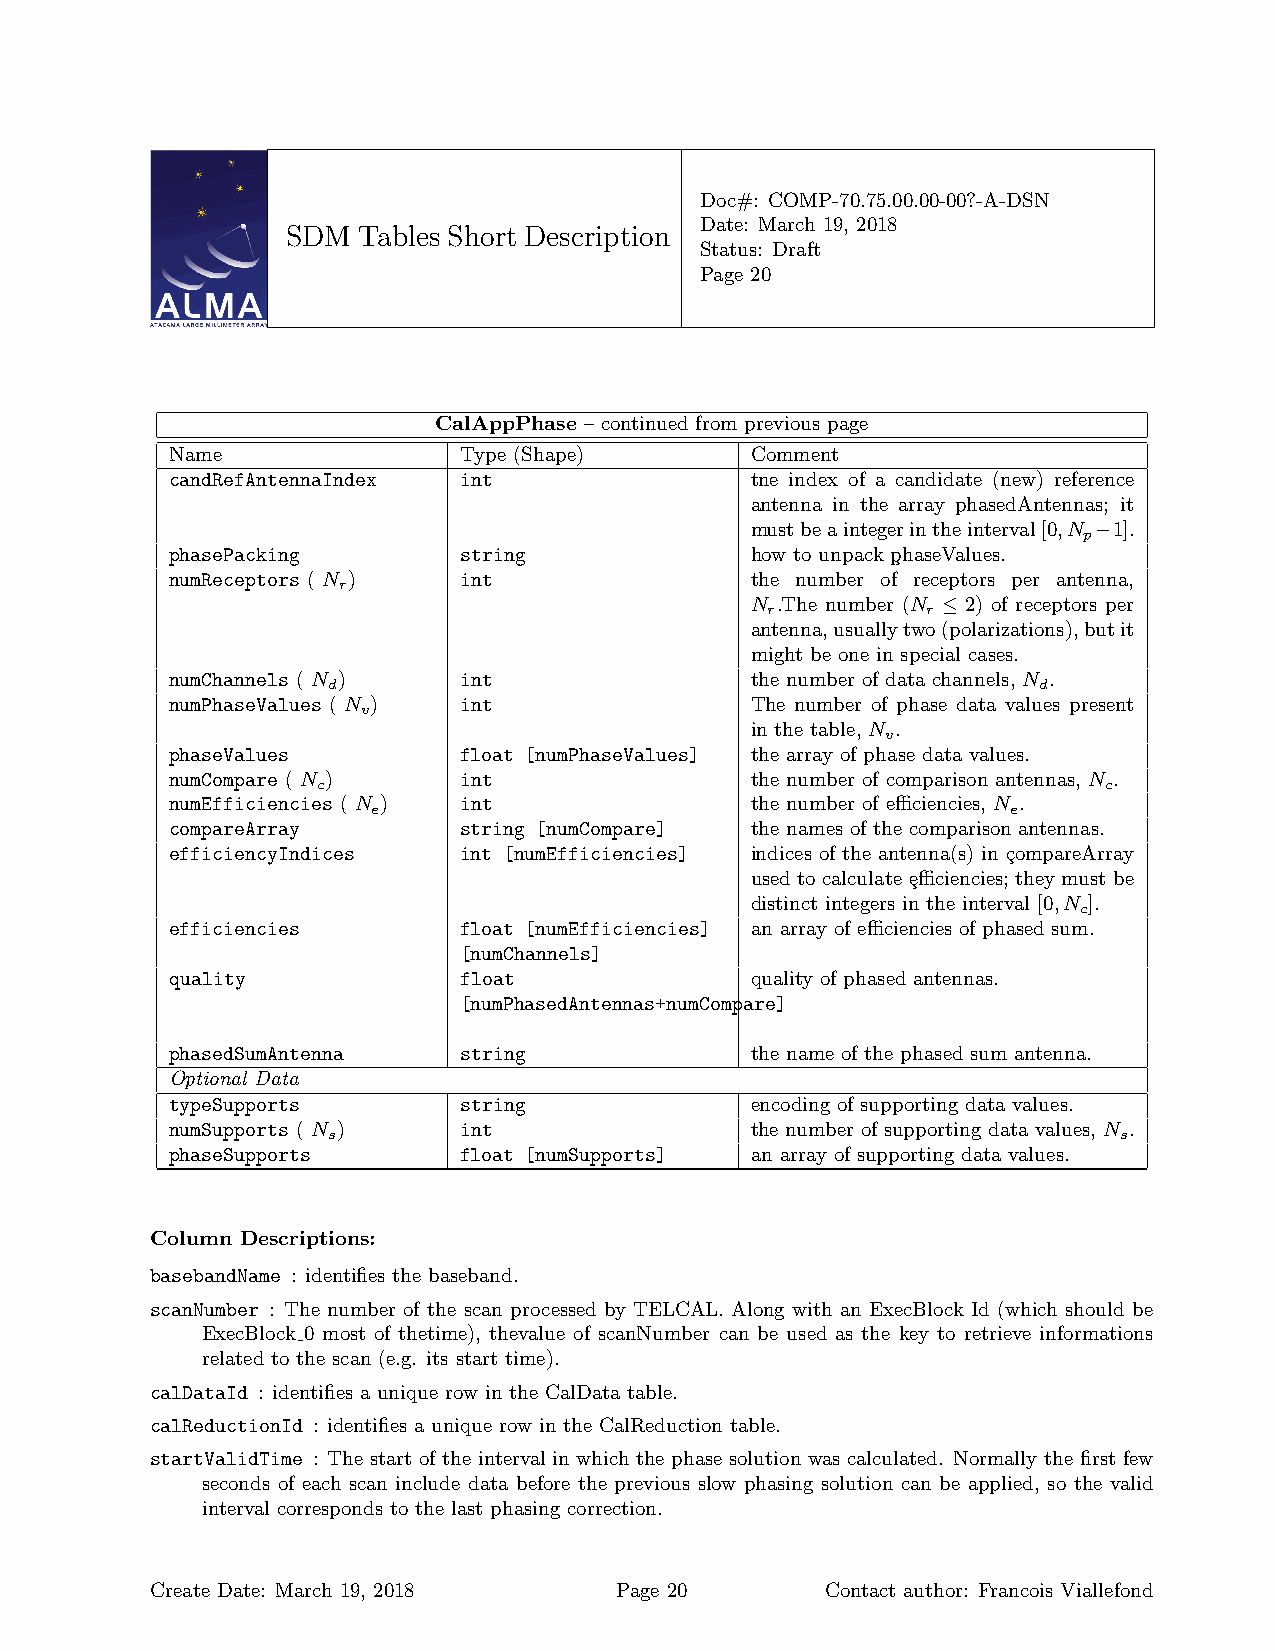
Doc#: COMP-70.75.00.00-00?-A-DSN
 Date: March 19, 2018
 SDM  Tables Short Description
 Status: Draft
 Page 20
 CalAppPhase – continued from previous page
 Name               Type (Shape)        Comment
 candRefAntennaIndex int                tne index of a candidate (new) reference
 antenna in the array phasedAntennas; it
 mustbeaintegerintheinterval[0,N −1].
 p
 phasePacking       string              how to unpack p¸haseValues.
 numReceptors ( N ) int                 the number of receptors per antenna,
 r
 N .The number (N ≤ 2) of receptors per
 r         r
 antenna,usuallytwo(polarizations),butit
 might be one in special cases.
 numChannels ( N )  int                 the number of data channels, N .
 d                                              d
 numPhaseValues ( N ) int               The number of phase data values present
 v
 in the table, N .
 v
 phaseValues        float [numPhaseValues] the array of phase data values.
 numCompare ( N )   int                 the number of comparison antennas, N .
 c                                                   c
 numEfficiencies ( N ) int              the number of efficiencies, N .
 e                                         e
 compareArray       string [numCompare] the names of the comparison antennas.
 efficiencyIndices  int [numEfficiencies] indices of the antenna(s) in ¸compareArray
 used to calculate ¸efficiencies; they must be
 distinct integers in the interval [0,N ].
 c
 efficiencies       float [numEfficiencies] an array of efficiencies of phased sum.
 [numChannels]
 quality            float               quality of phased antennas.
 [numPhasedAntennas+numCompare]
 phasedSumAntenna   string              the name of the phased sum antenna.
 Optional Data
 typeSupports       string              encoding of supporting data values.
 numSupports ( N )  int                 the number of supporting data values, N .
 s                                                   s
 phaseSupports      float [numSupports] an array of supporting data values.
 Column Descriptions:
 basebandName : identifies the baseband.
 scanNumber : The number of the scan processed by TELCAL. Along with an ExecBlock Id (which should be
 ExecBlock 0 most of thetime), thevalue of scanNumber can be used as the key to retrieve informations
 related to the scan (e.g. its start time).
 calDataId : identifies a unique row in the CalData table.
 calReductionId : identifies a unique row in the CalReduction table.
 startValidTime : The start of the interval in which the phase solution was calculated. Normally the first few
 seconds of each scan include data before the previous slow phasing solution can be applied, so the valid
 interval corresponds to the last phasing correction.
 Create Date: March 19, 2018    Page 20       Contact author: Francois Viallefond